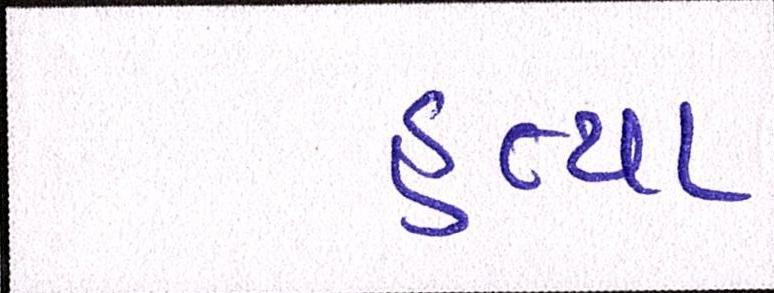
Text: હત્યા